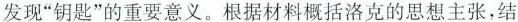
发现”钥匙”的重要意义。根据材料概括洛克的思想主张，结